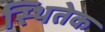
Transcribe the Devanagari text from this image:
स्थितेक